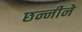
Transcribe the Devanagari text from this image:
छन्नीने